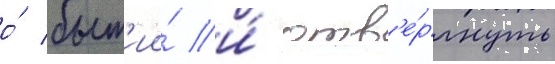
о́ быт'ии́ и́ отв'е́ргнуть